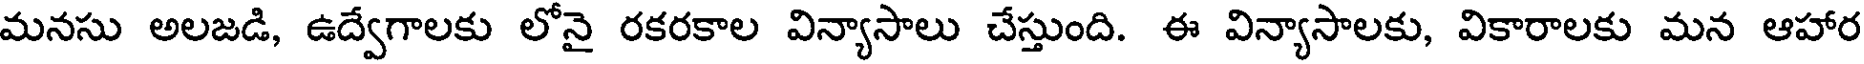
మనసు అలజడి, ఉద్వేగాలకు లోనై రకరకాల విన్యాసాలు చేస్తుంది. ఈ విన్యాసాలకు, వికారాలకు మన ఆహార